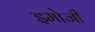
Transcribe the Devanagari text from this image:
इमोजी